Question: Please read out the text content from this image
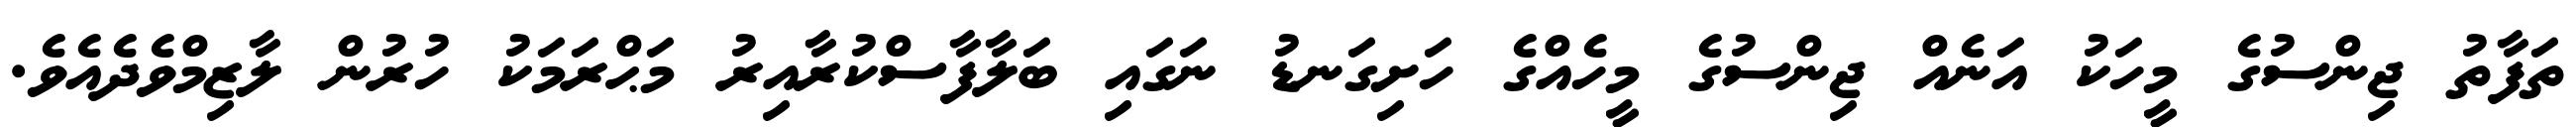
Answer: ތަފާތު ޖިންސުގެ މީހަކު އަނެއް ޖިންސުގެ މީހެއްގެ ހަށިގަނޑު ނަގައި ބަލާފާސްކުރާއިރު މަޙްރަމަކު ހުރުން ލާޒިމްވެދެއެވެ.